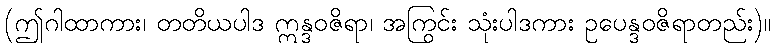
(ဤဂါထာကား၊ တတိယပါဒ ဣန္ဒဝဇိရာ၊ အကြွင်း သုံးပါဒကား ဥပေန္ဒဝဇိရာတည်း)။